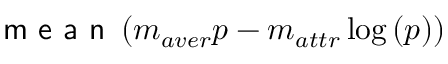
\textsf { m e a n } \left( m _ { a v e r } p - m _ { a t t r } \log \left( p \right) \right)